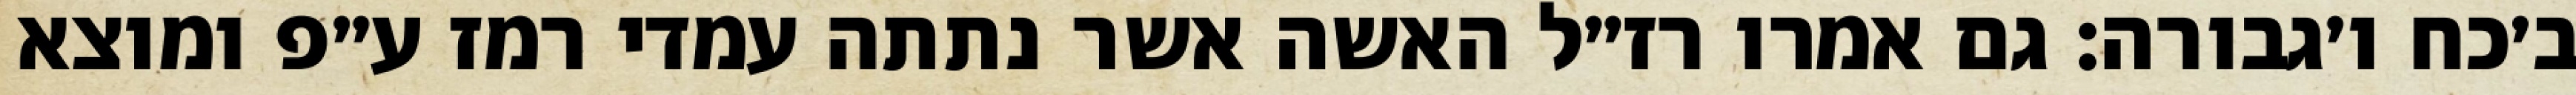
ב׳כח ו׳גבורה: גם אמרו רז״ל האשה אשר נתתה עמדי רמז ע״פ ומוצא